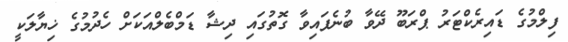
ފިލްމުގެ ޑައިރެކްޓަރު ޕްރަބޫ ދޭވާ ބުނެފައިވާ ގޮތުގައި ދިޝާ ޑަމްބެލްއަކަށް ހެދުމުގެ ޚިޔާލަކީ